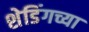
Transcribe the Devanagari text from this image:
शेडिंगच्या